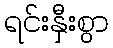
ရင်းနှီးစွာ